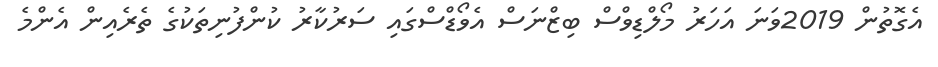
އެގޮތުން 2019ވަނަ އަހަރު މޯލްޑިވްސް ބިޒްނަސް އެވޯޑްސްގައި ސަރުކާރު ކުންފުނިތަކުގެ ތެރެއިން އެންމެ